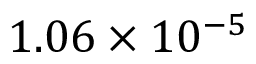
1 . 0 6 \times 1 0 ^ { - 5 }